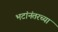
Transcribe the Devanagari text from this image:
भटांनंतरच्या